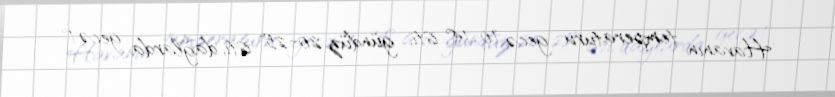
Havanın temperaturu gecə 10-14° isti, gündüz 20-25° isti, dağlarda gecə 1°